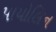
પાયોલિન